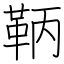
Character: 鞆